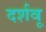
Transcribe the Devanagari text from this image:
दर्शवू